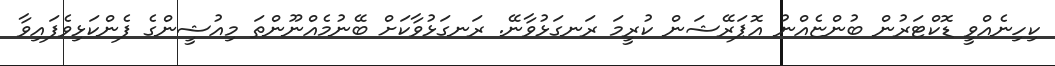
ކިހިނެއްވީ ޑޮކްޓަރުން ބުންޏެއްނު އޮޕަރޭޝަން ކުރީމަ ރަނގަޅުވާނޭ. ރަނގަޅުވާކަށް ބޭނުމެއްނޫންތަ މިއުޝީންގެ ފެންކަޅިވެފައިވާ